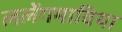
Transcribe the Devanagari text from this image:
ललेंगमाविया